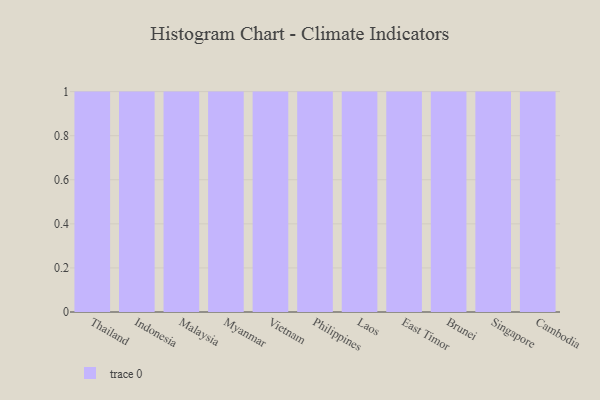
{"axis": {"x": "Country", "y": "Budget (USD K)"}, "legend": [""], "data": [{"x": "Thailand", "y": 13, "type": ""}, {"x": "Indonesia", "y": 27, "type": ""}, {"x": "Malaysia", "y": 43, "type": ""}, {"x": "Myanmar", "y": 27, "type": ""}, {"x": "Vietnam", "y": 45, "type": ""}, {"x": "Philippines", "y": 73, "type": ""}, {"x": "Laos", "y": 45, "type": ""}, {"x": "East Timor", "y": 64, "type": ""}, {"x": "Brunei", "y": 81, "type": ""}, {"x": "Singapore", "y": 22, "type": ""}, {"x": "Cambodia", "y": 61, "type": ""}]}